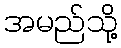
အမည်သို့